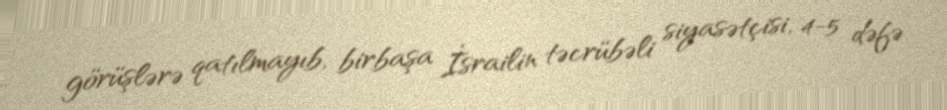
görüşlərə qatılmayıb, birbaşa İsrailin təcrübəli siyasətçisi, 4-5 dəfə